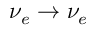
\nu _ { e } \to \nu _ { e }